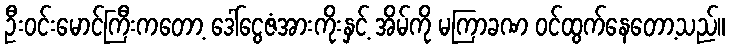
ဦးဝင်းမောင်ကြီးကတော့ ဒေါ်ငွေဇံအားကိုးနှင့် အိမ်ကို မကြာခဏ ဝင်ထွက်နေတော့သည်။